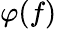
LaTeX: \varphi(f)